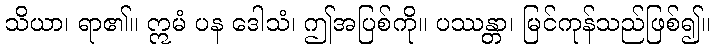
သိယာ၊ ရာ၏။ ဣမံ ပန ဒေါသံ၊ ဤအပြစ်ကို။ ပဿန္တာ၊ မြင်ကုန်သည်ဖြစ်၍။